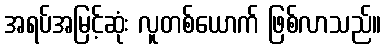
အရပ်အမြင့်ဆုံး လူတစ်ယောက် ဖြစ်လာသည်။